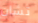
تشان